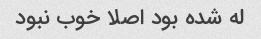
له شده بود اصلا خوب نبود